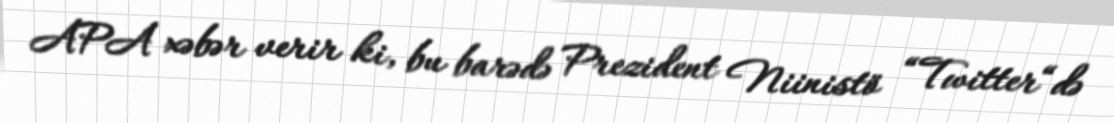
APA xəbər verir ki, bu barədə Prezident Niinistö “Twitter“də